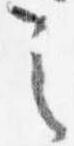
之